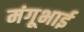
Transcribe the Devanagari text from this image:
मंगूभाई